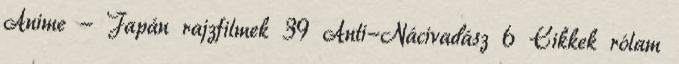
Anime - Japán rajzfilmek 39 Anti-Nácivadász 6 Cikkek rólam